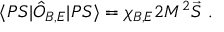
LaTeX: \langle P S | \hat { O } _ { B , E } | P S \rangle = \chi _ { B , E } 2 M ^ { 2 } \vec { S } \ .